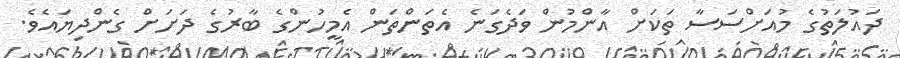
ދައުލަތުގެ މުއަށްސަސާ ތަކަށް އާންމުން ވަދެގަނެ އެތަންތަން އެމީހުންގެ ބާރުގެ ދަށަށް ގެންދިޔައެވެ.